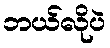
ဘယ်လိုပဲ